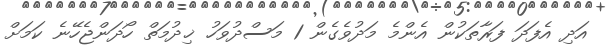
އަދި އެފަދަ ފަރާތަކުން އެންމެ މަދުވެގެން 1 މަސްދުވަހު ޚިދުމަތް ހޯދަންޖެހޭނެ ކަމަށް